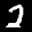
Label: 2